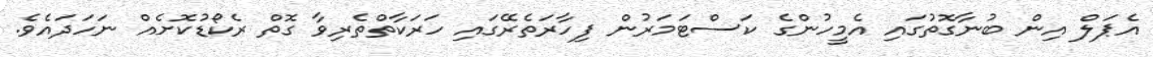
އެޕަލް އިން ބުނާގޮތުގައި އެމީހުންގެ ކަސްޓަމަރުން ފިހާރަތެރޭގައި ހަރަކާތްތެރިވާ ގޮތް ރެކޯޑުކޮށެއް ނަހަދައެވެ.